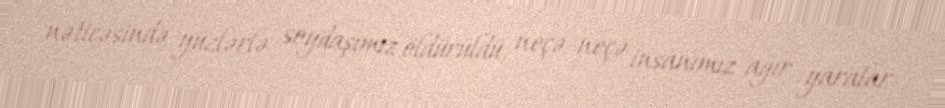
nəticəsində yüzlərlə soydaşımız öldürüldü, neçə-neçə insanımız ağır yaralar